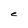
Character: C